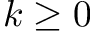
k \geq 0